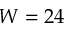
W = 2 4